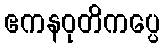
ဧကနဝုတိကပ္ပေ